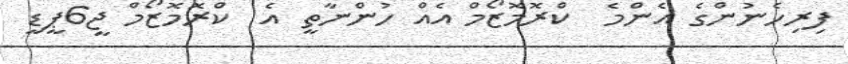
ފިރިހެނުންގެ އެންމެ  ކްރޮމޮޒޯމް އެއް ހުންނާތީ އެ  ކްރޮމޮޒޯމް ޖީ6ޕީޑީ